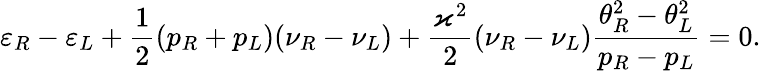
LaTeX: \varepsilon_{R}-\varepsilon_{L}+\frac{1}{2}(p_{R}+p_{L})(\nu_{R}-\nu_{L})+\frac{\varkappa^{2}}{2}(\nu_{R}-\nu_{L})\frac{\theta_{R}^{2}-\theta_{L}^{2}}{p_{R}-p_{L}}=0.